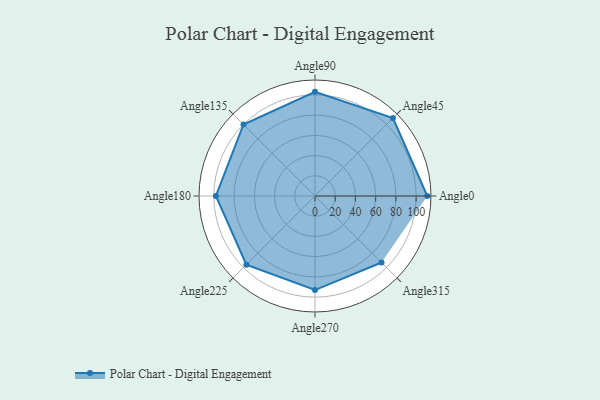
{"axis": {"x": "Angle", "y": "Radius"}, "legend": [""], "data": [{"x": "Angle0", "y": 111.0, "type": ""}, {"x": "Angle45", "y": 109.0, "type": ""}, {"x": "Angle90", "y": 103.0, "type": ""}, {"x": "Angle135", "y": 100.0, "type": ""}, {"x": "Angle180", "y": 98.0, "type": ""}, {"x": "Angle225", "y": 96.0, "type": ""}, {"x": "Angle270", "y": 93.0, "type": ""}, {"x": "Angle315", "y": 93.0, "type": ""}]}